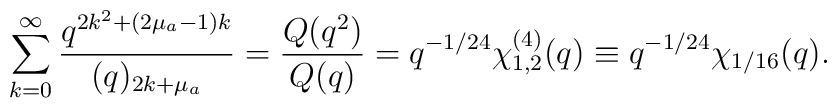
\sum_{k=0}^\infty\frac{q^{2k^2+(2\mu_a-1) k}}{(q)_{2k+\mu_a}}=\frac{Q(q^2)}{Q(q)}=q^{-1/24}\chi_{1,2}^{(4)}(q)\equiv q^{-1/24}\chi_{1/16}(q).